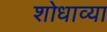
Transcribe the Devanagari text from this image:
शोधाव्या